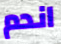
اندم